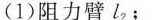
(1)阻力臂l_{2}；